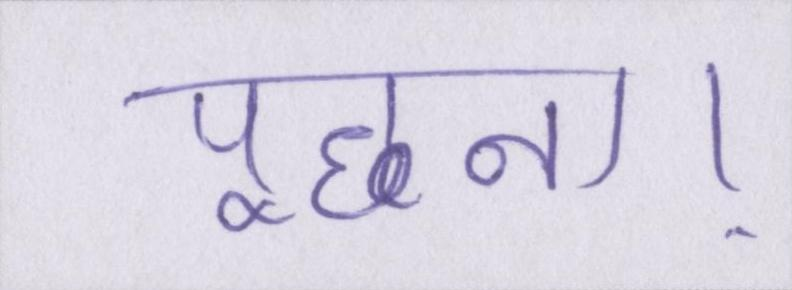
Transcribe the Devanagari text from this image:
पूछना।